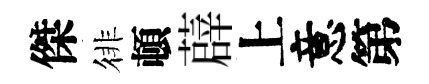
傑徘頓薜上意第